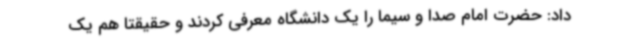
داد: حضرت امام صدا و سیما را یک دانشگاه معرفی کردند و حقیقتا هم یک